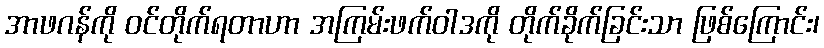
အာဖဂန်ကို ဝင်တိုက်ရတာဟာ အကြမ်းဖက်ဝါဒကို တိုက်ခိုက်ခြင်းသာ ဖြစ်ကြောင်း၊